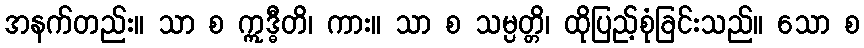
အနက်တည်း။ သာ စ ဣဒ္ဓီတိ၊ ကား။ သာ စ သမ္ပတ္တိ၊ ထိုပြည့်စုံခြင်းသည်။ သော စ